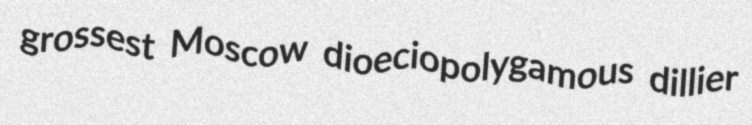
grossest Moscow dioeciopolygamous dillier